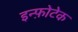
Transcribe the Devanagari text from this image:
इन्फ़ोटेक